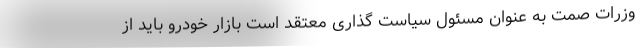
وزرات صمت به عنوان مسئول سیاست گذاری معتقد است بازار خودرو باید از